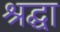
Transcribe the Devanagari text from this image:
श्रद्घा